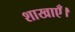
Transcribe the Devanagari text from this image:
शाखाएँ।